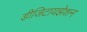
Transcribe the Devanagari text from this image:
डीजिटायझेशन